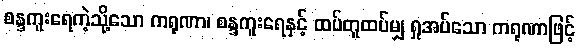
စန္ဒကူးရေကဲ့သို့သော ကရုဏာ၊ စန္ဒကူးရေနှင့် ထပ်တူထပ်မျှ ရှုအပ်သော ကရုဏာဖြင့်